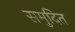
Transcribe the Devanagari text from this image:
समुदित